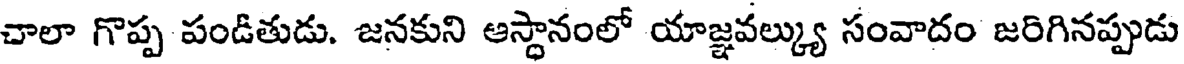
చాలా గొప్ప పండితుడు. జనకుని ఆస్థానంలో యాజ్ఞవల్క్యు సంవాదం జరిగినప్పుడు